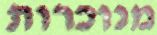
מנוכרות